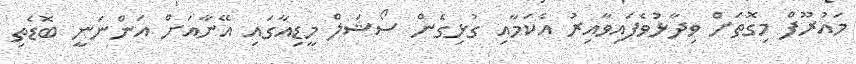
މައުރޫފް މިގޮތަށް ވިދާޅުވެފައިވާއިރު އެކަމާއި ގުޅިގެން ސޯޝަލް މީޑިއާގައި އޭނާއަށް އަންނަނީ ބޮޑެތި